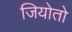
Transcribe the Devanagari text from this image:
जियोतो